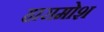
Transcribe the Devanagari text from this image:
हारामोश